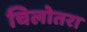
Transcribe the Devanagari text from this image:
चिलोतरा